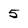
Character: 5